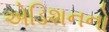
એડિશનનો